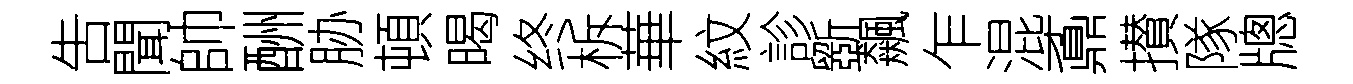
吿聞帥酬胁頓暍终柝華紋診斵飆乍混鼒攅隊牕